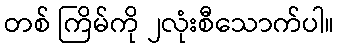
တစ် ကြိမ်ကို ၂လုံးစီသောက်ပါ။